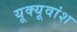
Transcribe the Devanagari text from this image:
यूक्यूवांश